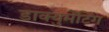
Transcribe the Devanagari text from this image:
डाक्युमेंटिंग